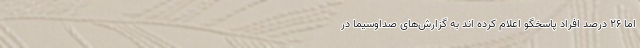
اما ۲۶ درصد افراد پاسخگو اعلام کرده­ اند به گزارش­های صداوسیما در